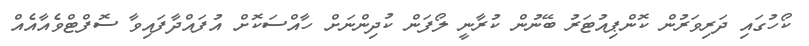
ކޯހުގައި ދަރިވަރުން ކޮންޕިއުޓަރު ބޭނުން ކުރާނީ ލޯފަން ކުދިންނަށް ހާއްސަކޮށް އުފައްދާފައިވާ ސޮފްޓްވެއާއެއް